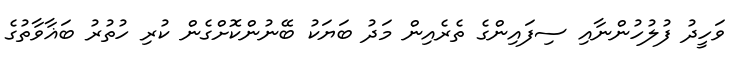
ވަހީދު ފުލުހުންނާއި ސިފައިންގެ ތެރެއިން މަދު ބަޔަކު ބޭނުންކޮށްގެން ކުރި ހުތުރު ބަޣާވާތުގެ